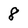
Character: 8